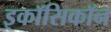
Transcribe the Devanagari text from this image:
इकॉसिकॉन